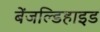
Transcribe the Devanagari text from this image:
बेंजल्डिहाइड